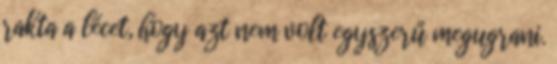
rakta a lécet, hogy azt nem volt egyszerű megugrani.